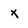
Character: x